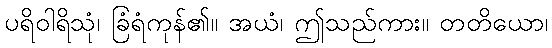
ပရိဝါရိသုံ၊ ခြံရံကုန်၏။ အယံ၊ ဤသည်ကား။ တတိယော၊